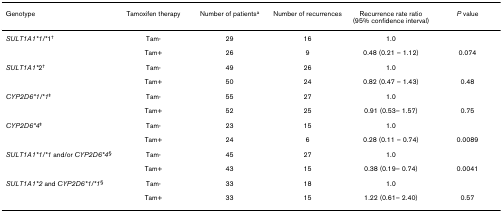
<table><thead><tr><td><b>Genotype</b></td><td><b>Tamoxifen therapy</b></td><td><b>Number of patients<sup>a</sup></b></td><td><b>Number of recurrences</b></td><td><b>Recurrence rate ratio (95% confidence interval)</b></td><td><b><i>P </i>value</b></td></tr></thead><tbody><tr><td><i>SULT1A1*1/*</i>1<sup>†</sup></td><td>Tam-</td><td>29</td><td>16</td><td>1.0</td><td></td></tr><tr><td></td><td>Tam+</td><td>26</td><td>9</td><td>0.48 (0.21 – 1.12)</td><td>0.074</td></tr><tr><td><i>SULT1A1*</i>2<sup>†</sup></td><td>Tam-</td><td>49</td><td>26</td><td>1.0</td><td></td></tr><tr><td></td><td>Tam+</td><td>50</td><td>24</td><td>0.82 (0.47 – 1.43)</td><td>0.48</td></tr><tr><td><i>CYP2D6*1/*1</i><sup>‡</sup></td><td>Tam-</td><td>55</td><td>27</td><td>1.0</td><td></td></tr><tr><td></td><td>Tam+</td><td>52</td><td>25</td><td>0.91 (0.53– 1.57)</td><td>0.75</td></tr><tr><td><i>CYP2D6*4</i><sup>‡</sup></td><td>Tam-</td><td>23</td><td>15</td><td>1.0</td><td></td></tr><tr><td></td><td>Tam+</td><td>24</td><td>6</td><td>0.28 (0.11 – 0.74)</td><td>0.0089</td></tr><tr><td><i>SULT1A1*1/*1 </i>and/or <i>CYP2D6*4</i><sup>§</sup></td><td>Tam-</td><td>45</td><td>27</td><td>1.0</td><td></td></tr><tr><td></td><td>Tam+</td><td>43</td><td>15</td><td>0.38 (0.19– 0.74)</td><td>0.0041</td></tr><tr><td><i>SULT1A1*2 </i>and <i>CYP2D6*1/*1</i><sup>§</sup></td><td>Tam-</td><td>33</td><td>18</td><td>1.0</td><td></td></tr><tr><td></td><td>Tam+</td><td>33</td><td>15</td><td>1.22 (0.61– 2.40)</td><td>0.57</td></tr></tbody></table>